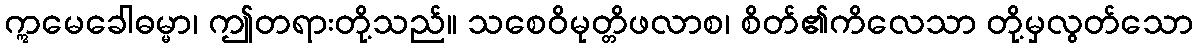
ဣမေခေါဓမ္မာ၊ ဤတရားတို့သည်။ သစေဝိမုတ္တိဖလာစ၊ စိတ်၏ကိလေသာ တို့မှလွတ်သော